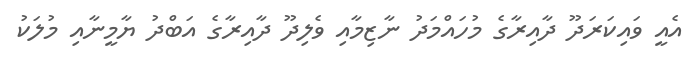
އެއީ ވައިކަރަދޫ ދާއިރާގެ މުހައްމަދު ނާޒިމާއި ވެލިދޫ ދާއިރާގެ އަބްދު ޔާމީނާއި މުލަކު